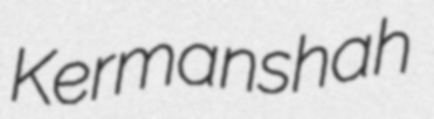
Kermanshah